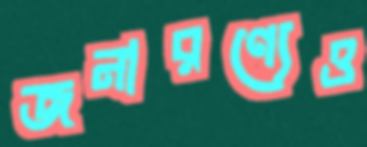
জনারণ্যেও